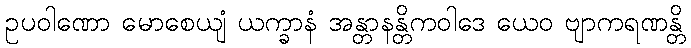
ဥပဝါဏော မောစေယျံ ယက္ခာနံ အန္တာနန္တိကဝါဒေ ယေဝ ဗျာကရဏန္တိ